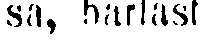
sa, barlast.